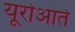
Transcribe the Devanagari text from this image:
यूरोआंते